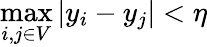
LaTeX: \operatorname*{max}_{i,j\in V}|y_{i}-y_{j}|<\eta